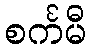
စင်္ကမီ